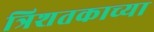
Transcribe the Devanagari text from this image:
त्रिशतकाच्या